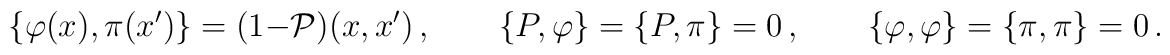
\left\{ \varphi (x),\pi (x^{\prime })\right\} =(1-{\cal P})(x,x^{\prime})\,,\qquad \left\{ P,\varphi \right\} =\left\{ P,\pi \right\} =0\,,\qquad\left\{ \varphi ,\varphi \right\} =\left\{ \pi ,\pi \right\} =0\,.